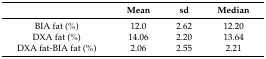
<table><thead><tr><td></td><td><b>Mean</b></td><td><b>sd</b></td><td><b>Median</b></td></tr></thead><tbody><tr><td>BIA fat (%)</td><td>12.0</td><td>2.62</td><td>12.20</td></tr><tr><td>DXA fat (%)</td><td>14.06</td><td>2.20</td><td>13.64</td></tr><tr><td>DXA fat-BIA fat (%)</td><td>2.06</td><td>2.55</td><td>2.21</td></tr></tbody></table>